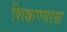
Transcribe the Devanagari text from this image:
शिक्वण्यास